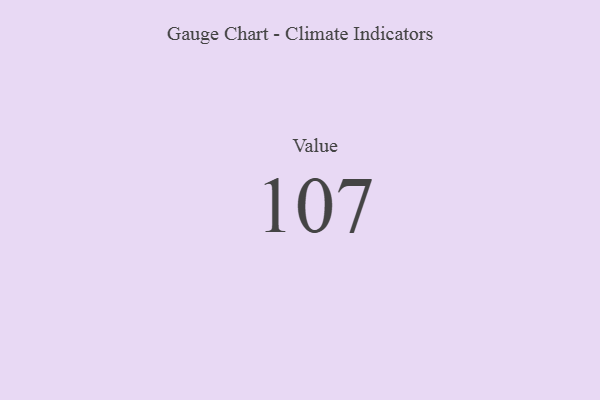
{"axis": {"x": "Metric", "y": "Value"}, "legend": [""], "data": [{"x": "Value", "y": 107, "type": ""}]}